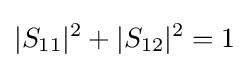
|S_{11}|^{2}+|S_{12}|^{2}=1